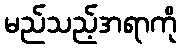
မည်သည့်အရာကို